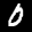
Label: 0